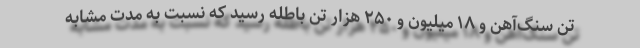
تن سنگ‌آهن و ۱۸ میلیون و ۲۵۰ هزار تن باطله رسید که نسبت به مدت مشابه